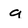
Character: g